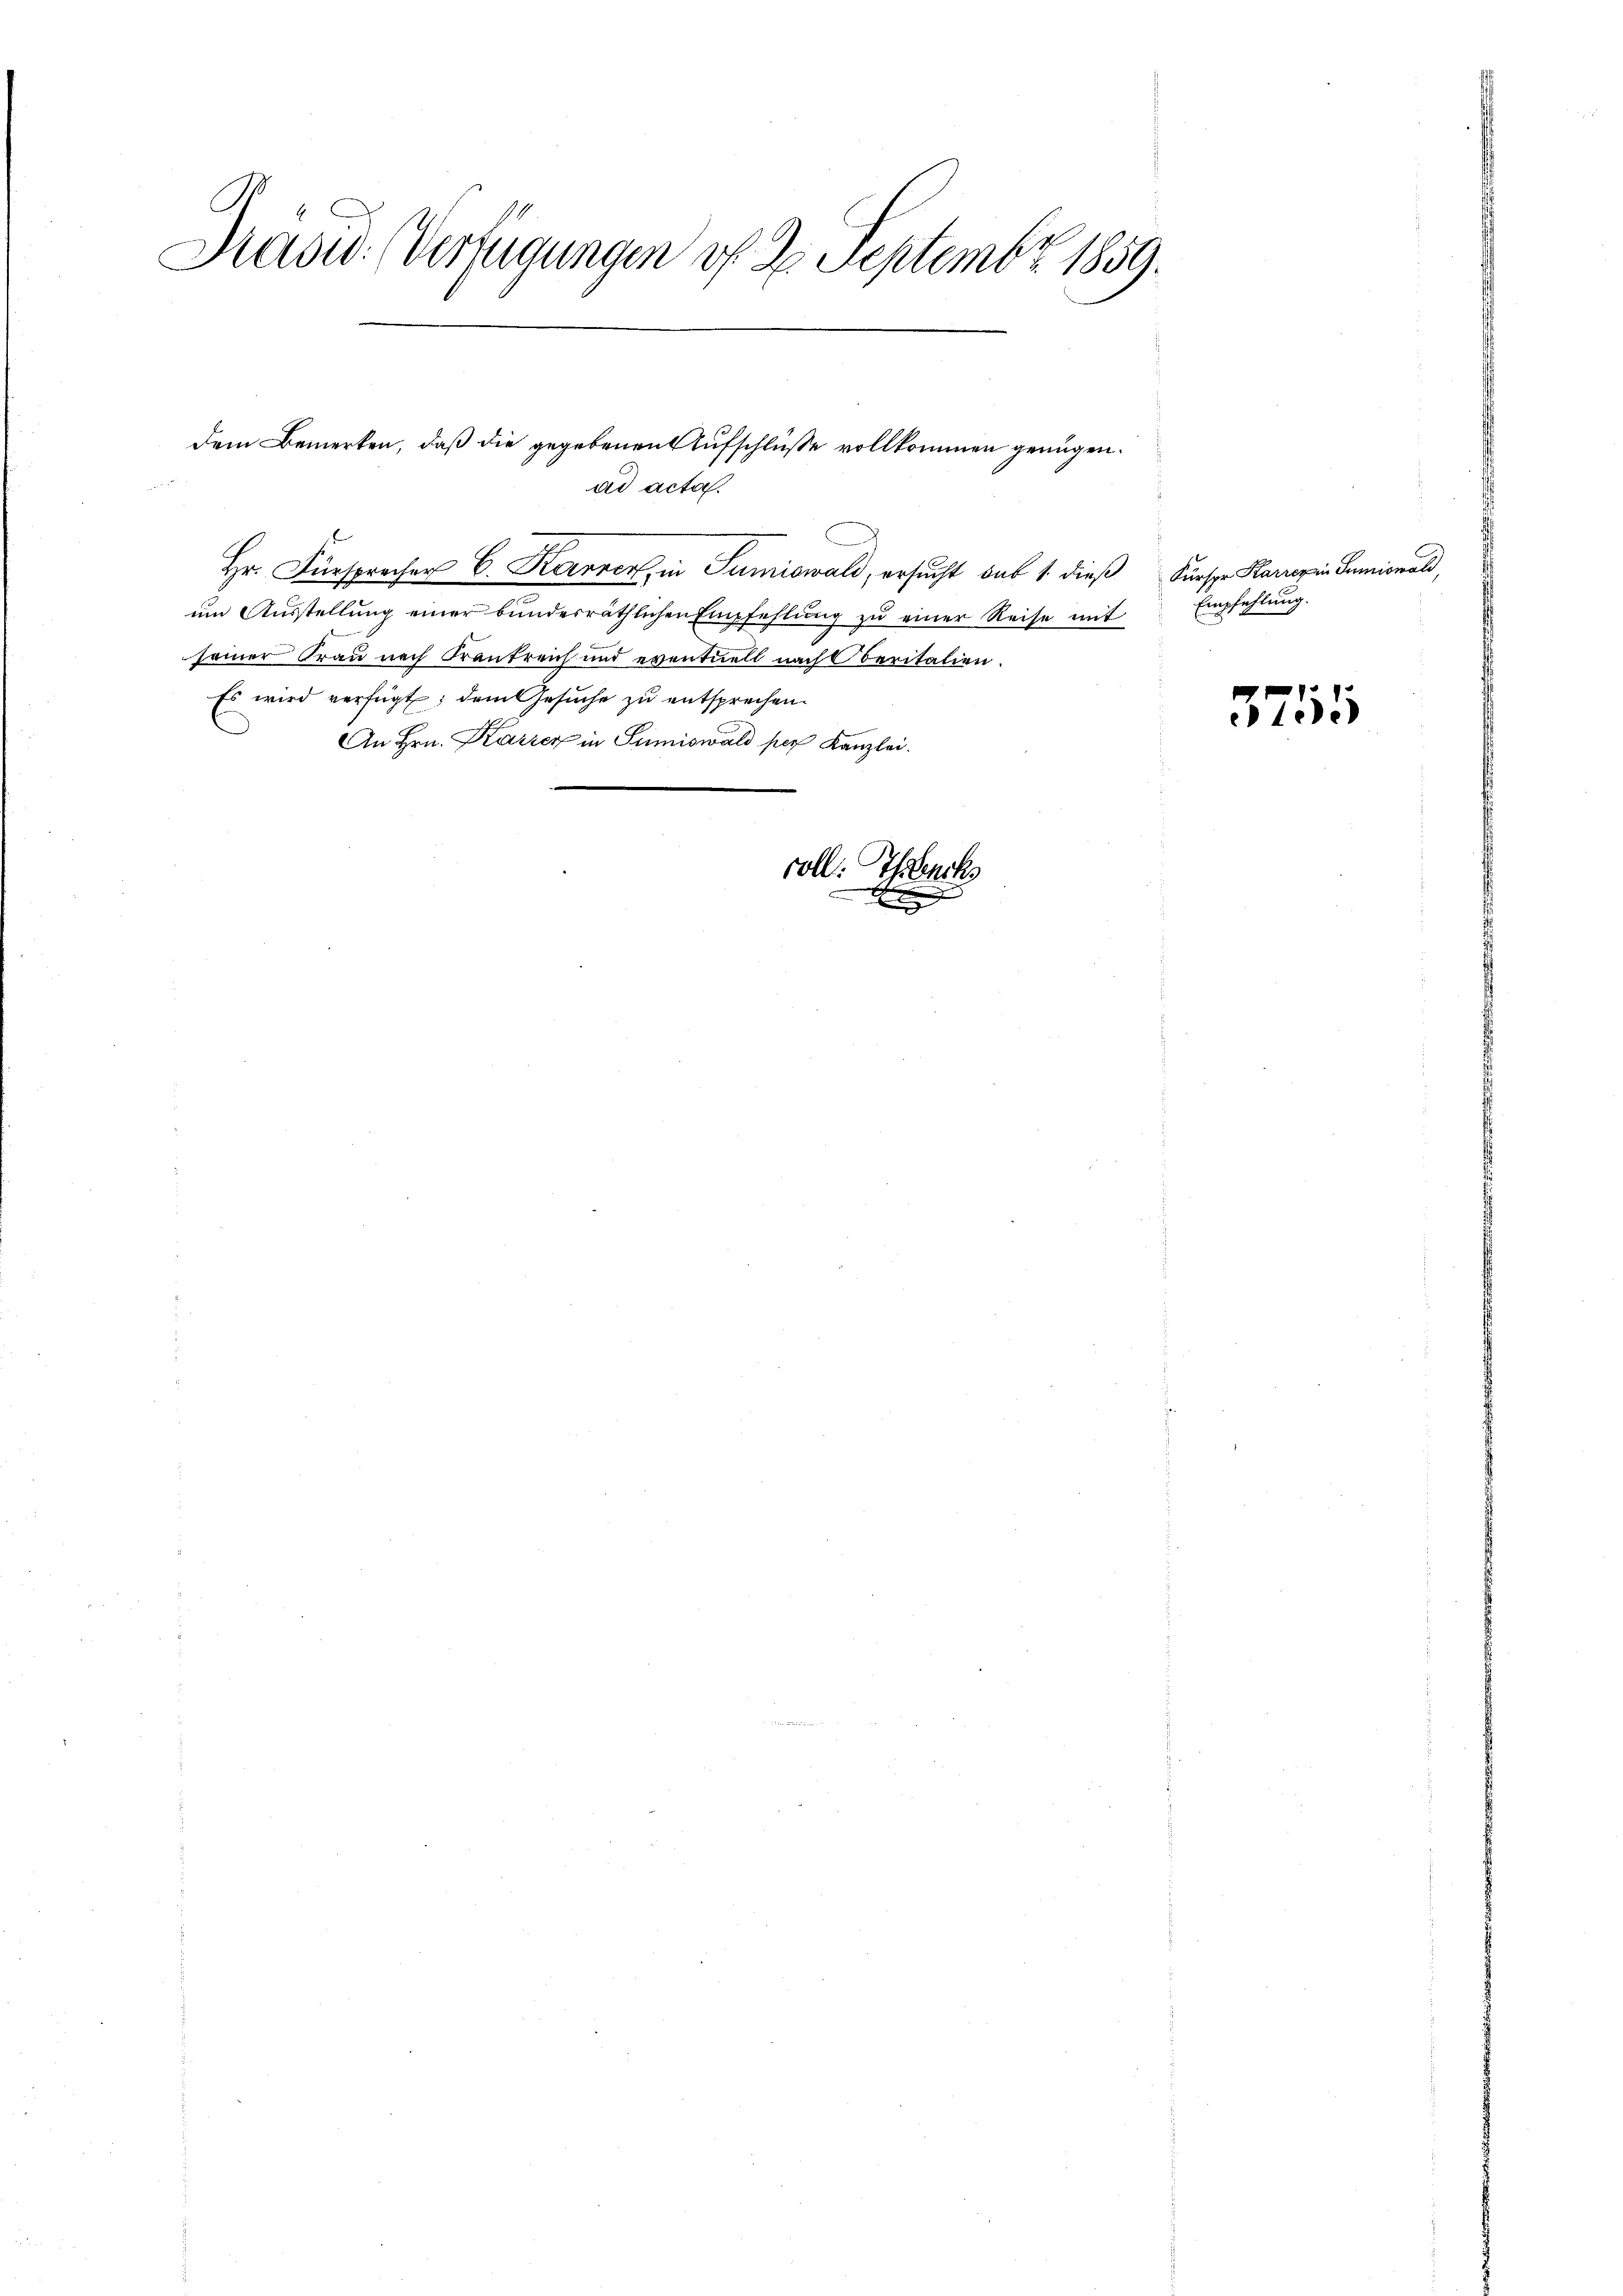
Prasw. (Verfügungen f. 2. Septembr. 1859.

dem Bemerken, daß die gegebenen Aufschlüße vollkommen genügen.

ad acta.

i
Hr. Fürsprecher C. Karrer, in Sumiswald, ersucht das 1. dieß Fürspr. Karrerin Sumiswald,
ŭm Aŭsstellŭng einer bundesräthlichen Empfehlŭng zŭ einer Reise mit Empfehlŭng.
seiner Frau nach Krankreich und eventuell nach Oberitalien.
Es wird verfügt, dem Gesuche zu entsprechen.
An Hrn. Karrer in Sumiswald per Kanzlei.
coll: Theencks

n

5755